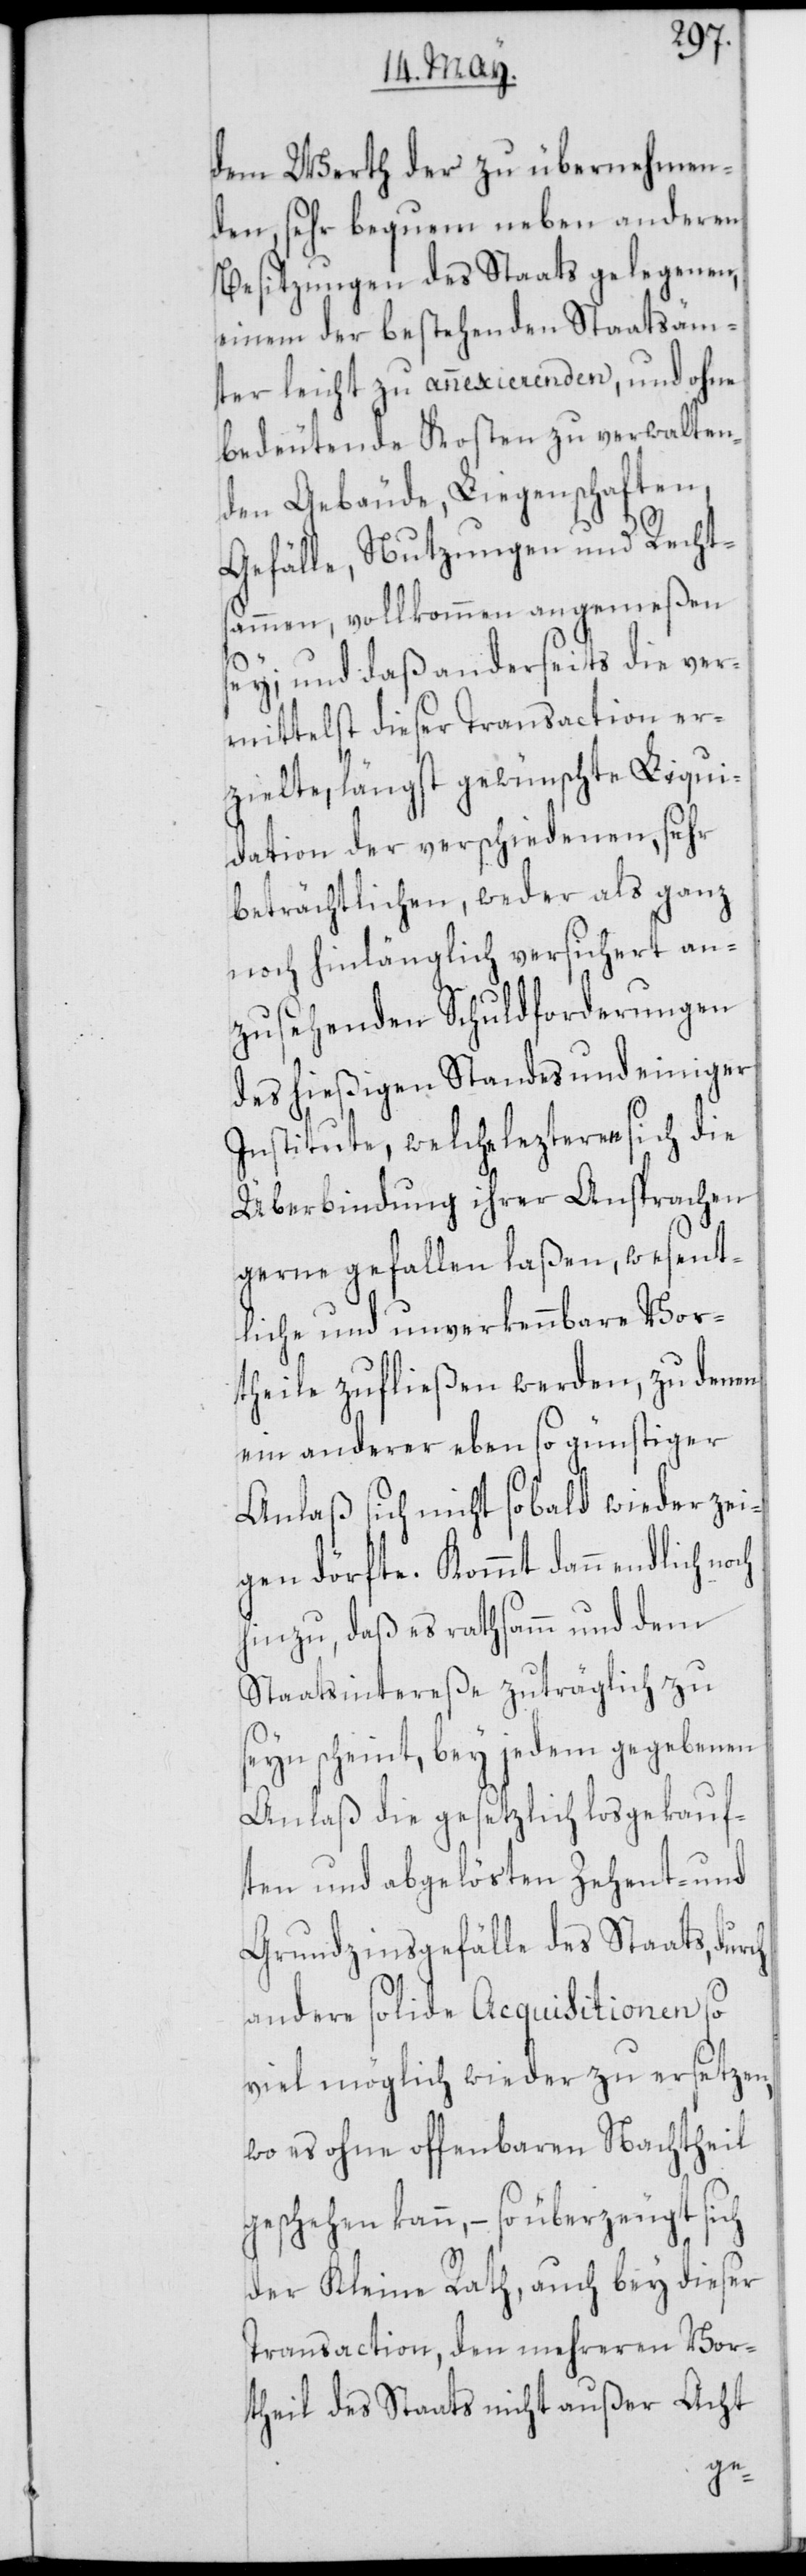
dem Werth der zu übernehmen¬
den, sehr bequem neben anderen
Besitzungen des Staats gelegenen,
einem der bestehenden Staatsäm¬
ter leicht zu annexierenden, und ohne
bedeutende Kosten zu verwalten¬
den Gebäude, Liegenschaften,
Gefälle, Nutzungen und Rechts¬
ammen, vollkommen angemeßen
sey; und daß anderseits die ver¬
mittelst dieser Transaction er¬
zielte, längst gewünschte Liqui¬
dation der verschiedenen, sehr
beträchtlichen, weder als ganz
noch hinlänglich versichert an¬
zusehenden Schuldforderungen
des hießigen Standes und einiger
Institute, welche lezteren sich die
Überbindung ihrer Ansprachen
gerne gefallen laßen, wesent¬
liche und unverkennbare Vor¬
theile zufließen werden, zu denen
ein anderer eben so günstiger
Anlaß sich nicht so bald wieder zei¬
gen dörfte. Kommt dann endlich
hinzu, daß es rathsamm und dem
Staatsintereße zuträglich zu
seyn scheint, bey jedem gegebenen
Anlaß die gesetzlich losgekauf¬
ten und abgelösten Zehent- und
Grundzinsgefälle des Staats,
andere solide Acquisitionen so
viel möglich wieder zu ersetzen,
wo es ohne offenbaren Nachtheil
geschehen kann, – so überzeugt sich
der Kleine Rath, auch bey dieser
Transaction, den mehreren Vor¬
theil des Staats nicht außer Acht